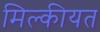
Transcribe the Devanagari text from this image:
मिल्कीयत